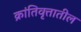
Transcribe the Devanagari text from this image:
क्रांतिवृत्तातील